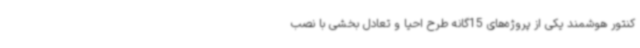
کنتور هوشمند یکی از پروژه‌های 15‌گانه طرح احیا و تعادل بخشی با نصب